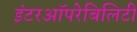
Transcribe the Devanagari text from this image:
इंटरऑपरेबिलिटी